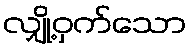
လျှို့ဝှက်သော